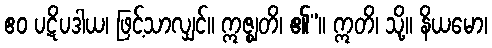
ဧဝ ပဋိပဒါယ၊ ဖြင့်သာလျှင်။ ဣဇ္ဈတိ၊ ၏”။ ဣတိ၊ သို့။ နိယမော၊